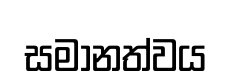
සමානත්වය